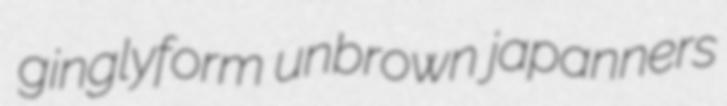
ginglyform unbrown japanners